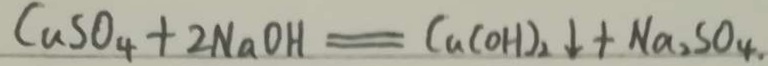
C u S O _ { 4 } + 2 N a O H = C u ( O H ) _ { 2 } \downarrow + N a _ { 2 } S O _ { 4 \cdot }